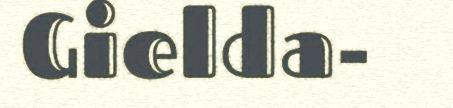
Gielda-